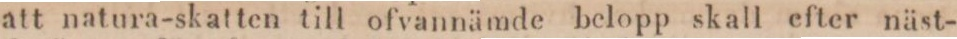
att natura-skatten till ofvannämde belopp skall efter näst-